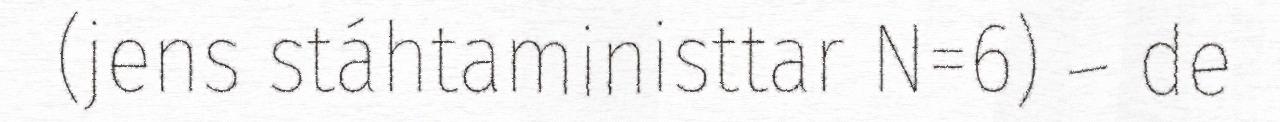
(jens stáhtaministtar N=6) – de